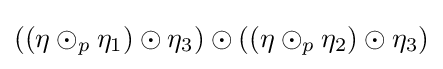
((\eta \odot _{p}\eta _{1})\odot \eta _{3})\odot ((\eta \odot _{p}\eta _{2})\odot \eta _{3})